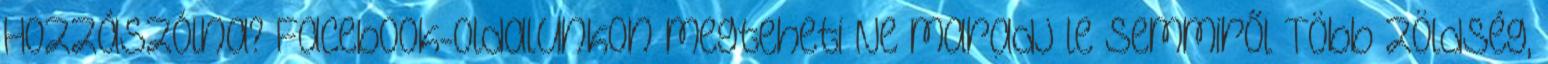
Hozzászólna? Facebook-oldalunkon megteheti Ne maradj le semmiről Több zöldség,